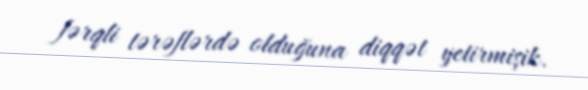
fərqli tərəflərdə olduğuna diqqət yetirmişik.